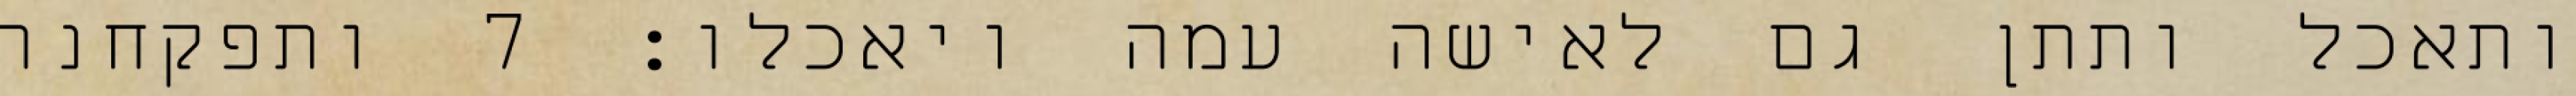
ותאכל ותתן גם לאישה עמה ויאכלו׃ ‎7‏ ותפקחנה